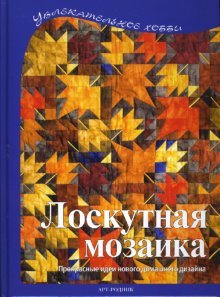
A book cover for Patchwork Mosaic art spring Loskutnaya mozaika Art rodnik / Loskutnaya mozaika (In Russian); Arts & Photography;